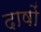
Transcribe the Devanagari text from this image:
दाषों